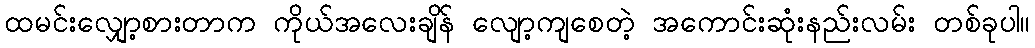
ထမင်းလျှော့စားတာက ကိုယ်အလေးချိန် လျော့ကျစေတဲ့ အကောင်းဆုံးနည်းလမ်း တစ်ခုပါ။